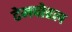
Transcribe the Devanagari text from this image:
टेमपोरल